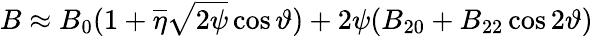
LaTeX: B\approx B_{0}(1+\overline{{\eta}}\sqrt{2\psi}\cos\vartheta)+2\psi(B_{20}+B_{22}\cos 2\vartheta)